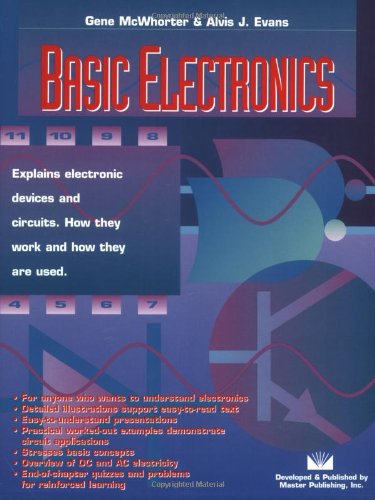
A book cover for Basic Electronics; Gene McWhorter; Engineering & Transportation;